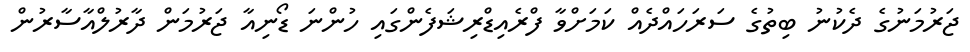
ޖަރުމަނުގެ ދެކުނު ބިތުގެ ސަރަހައްދެއް ކަމަށްވާ ފްރެއިޑްރިޝަފެންގައި ހުންނަ ޑޯނިއާ ޖަރުމަން ދާރުލްއާސާރުން